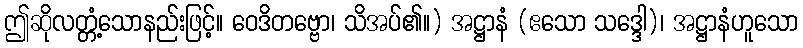
ဤဆိုလတ္တံ့သောနည်းဖြင့်။ ဝေဒိတဗ္ဗော၊ သိအပ်၏။) အဋ္ဌာနံ (ဧသော သဒ္ဒေါ)၊ အဋ္ဌာနံဟူသော